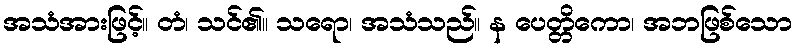
အသံအားဖြင့်။ တံ၊ သင်၏။ သရော၊ အသံသည်။ န ပေတ္တိကော၊ အဘဖြစ်သော